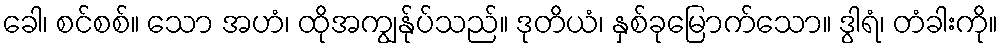
ခေါ၊ စင်စစ်။ သော အဟံ၊ ထိုအကျွန်ုပ်သည်။ ဒုတိယံ၊ နှစ်ခုမြောက်သော။ ဒွါရံ၊ တံခါးကို။